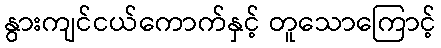
နွားကျင်ငယ်ကောက်နှင့် တူသောကြောင့်